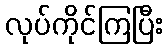
လုပ်ကိုင်ကြပြီး